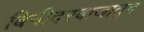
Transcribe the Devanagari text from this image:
बिनीदरवाजातून